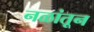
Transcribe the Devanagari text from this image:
नळांतून